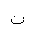
Letter: _ta